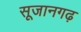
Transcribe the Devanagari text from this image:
सूजानगढ़